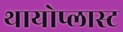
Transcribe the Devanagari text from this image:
थायोप्लास्ट